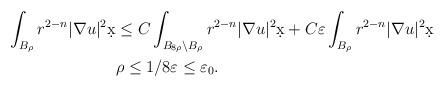
LaTeX: \begin{align*}\int_{B_{\rho}} r^{2-n} |\nabla u|^2 \d x &\leq C \int_{B_{8\rho} \setminus B_{\rho}} r^{2-n} |\nabla u|^2 \d x + C \varepsilon \int_{B_{\rho}} r^{2-n}|\nabla u|^2 \d x\\& \rho \leq 1/8 \varepsilon \leq \varepsilon_0.\end{align*}